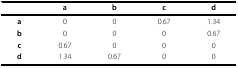
|  | a | b | c | d |
 | --- | --- | --- | --- | --- |
 | a | 0 | 0 | 0.67 | 1.34 |
 | b | 0 | 0 | 0 | 0.67 |
 | c | 0.67 | 0 | 0 | 0 |
 | d | 1.34 | 0.67 | 0 | 0 |